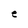
Character: e